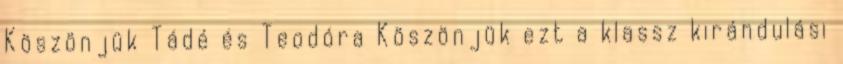
Köszönjük Tádé és Teodóra Köszönjük ezt a klassz kirándulási